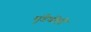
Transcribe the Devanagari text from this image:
मुंडेचीही